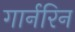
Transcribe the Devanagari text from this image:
गार्नरिन